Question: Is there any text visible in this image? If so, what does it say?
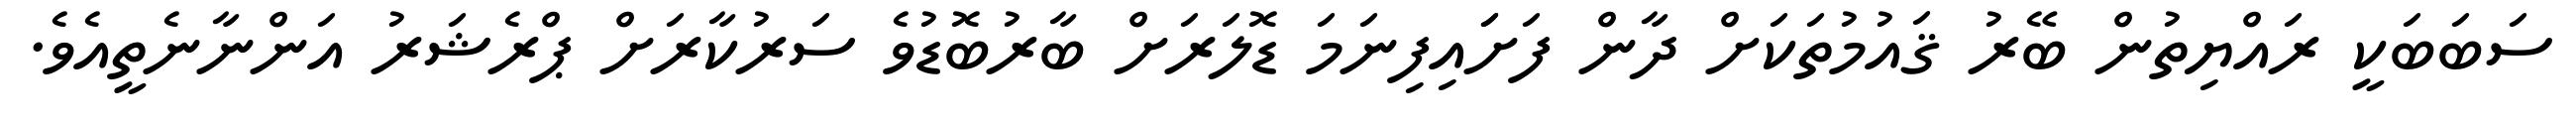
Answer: ސަބަބަކީ ރައްޔިތުން ބޭރު ޤައުމުތަކަށް ދާން ފަށަައިފިނަމަ ޑޮލަރަށް ބާރުބޮޑުވެ ސަރުކާރަށް ޕްރެޝަރު އަންނާނެތީއެވެ.